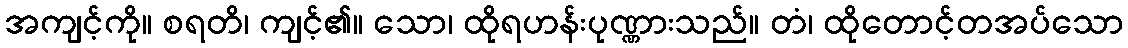
အကျင့်ကို။ စရတိ၊ ကျင့်၏။ သော၊ ထိုရဟန်းပုဏ္ဏားသည်။ တံ၊ ထိုတောင့်တအပ်သော